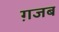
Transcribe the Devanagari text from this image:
ग़जब